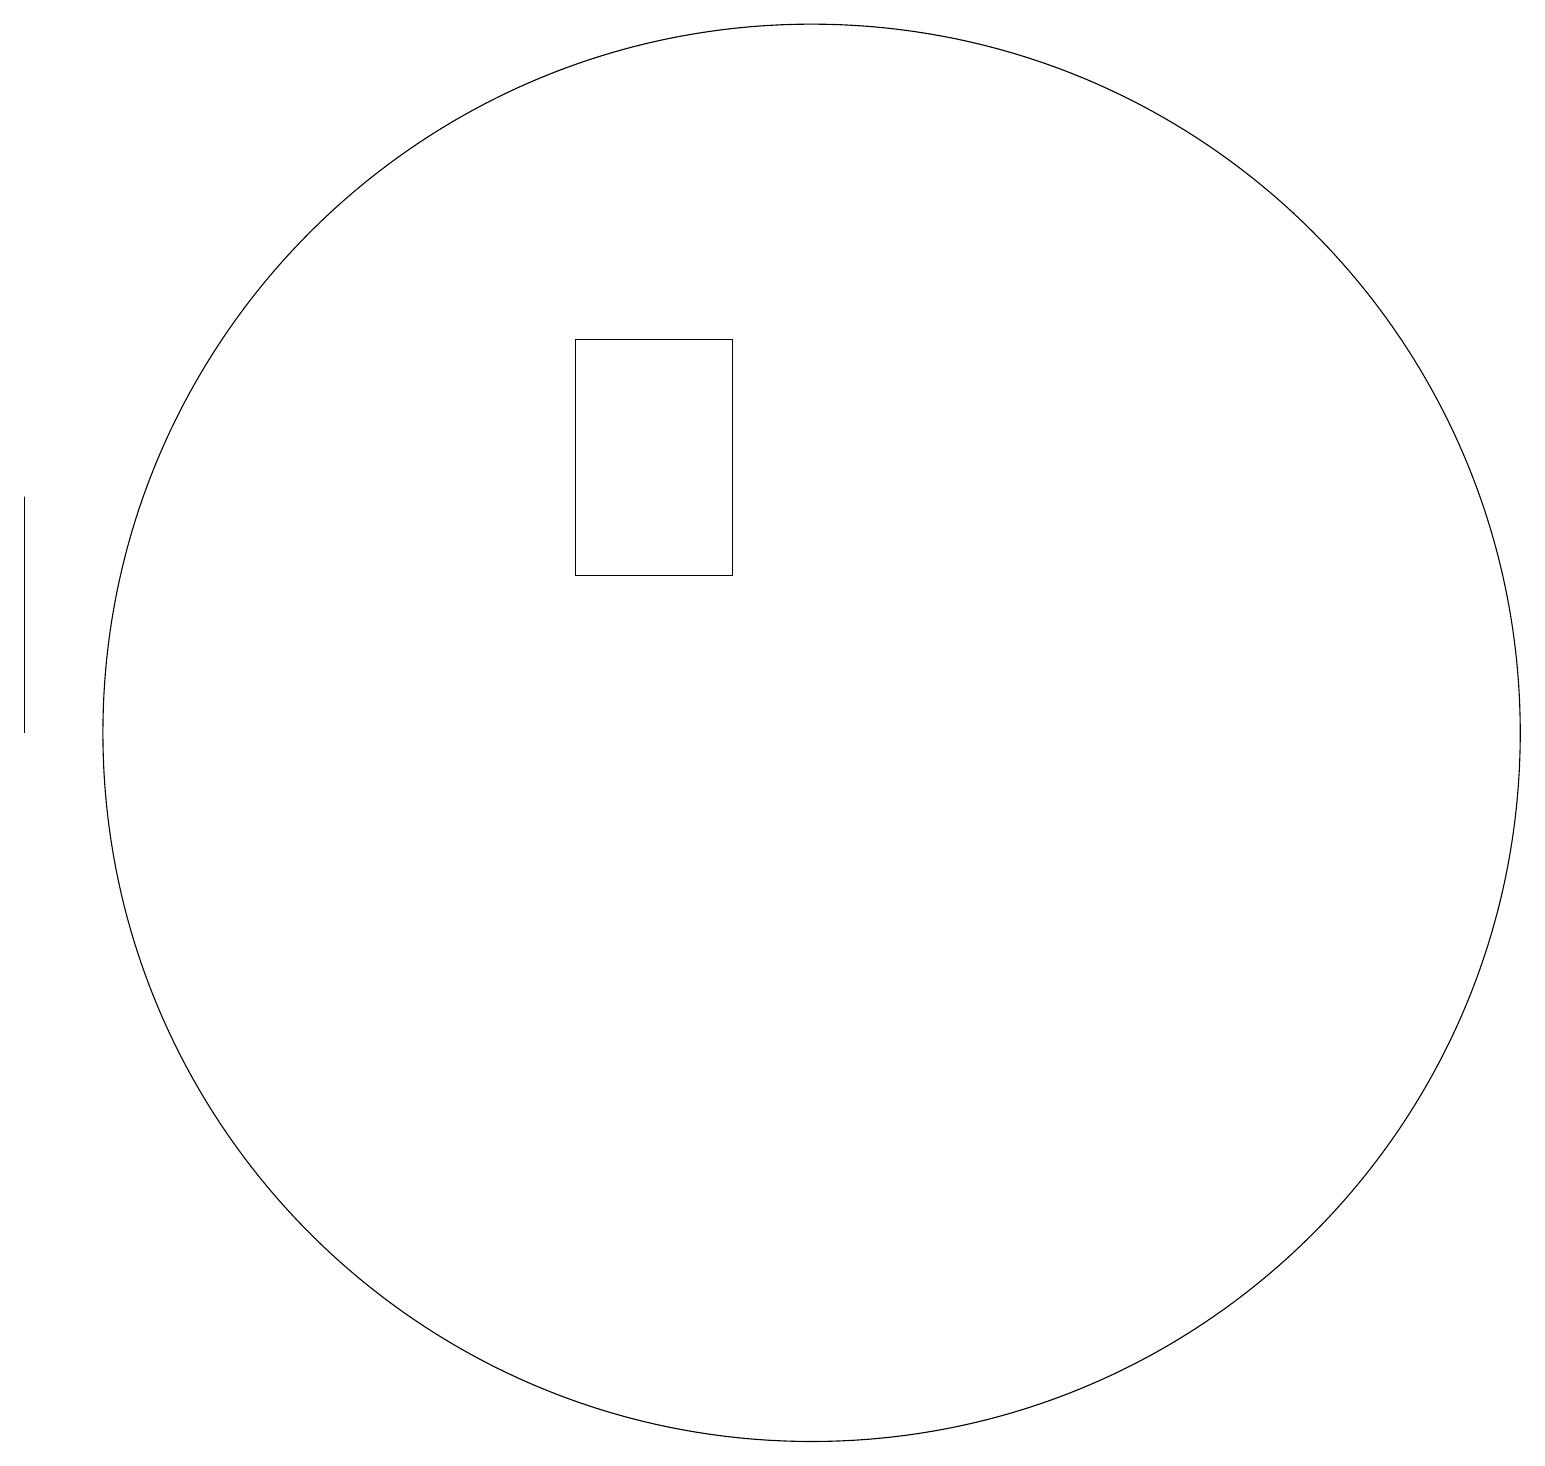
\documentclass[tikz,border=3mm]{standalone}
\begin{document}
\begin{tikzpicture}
\draw (10,12) circle (9);
\draw (7,14) rectangle (9,17);
\draw (0,12) rectangle (0,15);
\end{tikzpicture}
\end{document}